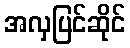
အလှပြင်ဆိုင်